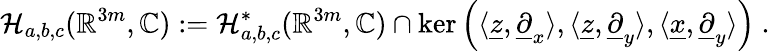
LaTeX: \mathcal{H}_{a,b,c}(\mathbb{R}^{3m},\mathbb{C}):=\mathcal{H}_{a,b,c}^{*}(\mathbb{R}^{3m},\mathbb{C})\cap\ker\left(\langle\underline{{z}},\underline{{\partial}}_{x}\rangle,\langle\underline{{z}},\underline{{\partial}}_{y}\rangle,\langle\underline{{x}},\underline{{\partial}}_{y}\rangle\right)\ .